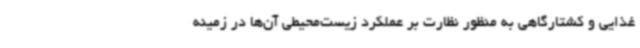
غذایی و کشتارگاهی به منظور نظارت بر عملکرد زیست‌محیطی آن‌ها در زمینه